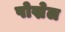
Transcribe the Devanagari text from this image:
पोख्रेल